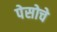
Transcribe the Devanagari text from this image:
पेसोचे